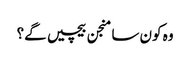
وہ کون سا منجن بیچیں گے؟